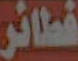
فطائر